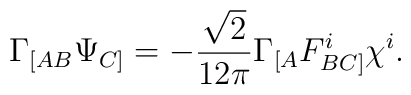
\Gamma_{[AB}\Psi_{C]} =  - \frac{\sqrt{2}}{12 \pi}\Gamma_{[A}F_{BC]}^i\chi^i.